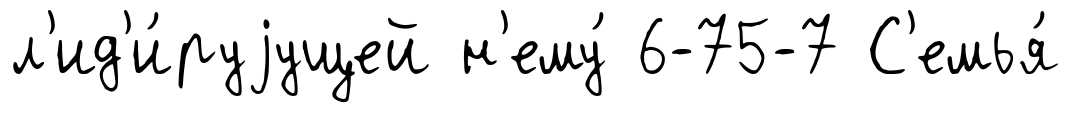
л'ид'и́руjущей н'ему́ 6-75-7 С'емья́